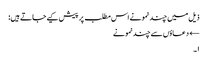
ذیل میں چند نمونے اس مطلب پر پیش کیے جاتے ہیں:
← دعاؤں سے چند نمونے
۱۔